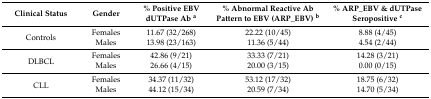
| Clinical Status | Gender | % Positive EBV dUTPase Ab a | % Abnormal Reactive Ab Pattern to EBV (ARP_EBV) b | % ARP_EBV & dUTPase Seropositive c |
 | --- | --- | --- | --- | --- |
 | <ROWSPAN=2> Controls | Females | 11.67 (32/268) | 22.22 (10/45) | 8.88 (4/45) |
 | Males | 13.98 (23/163) | 11.36 (5/44) | 4.54 (2/44) |
 | <ROWSPAN=2> DLBCL | Females | 42.86 (9/21) | 33.33 (7/21) | 14.28 (3/21) |
 | Males | 26.66 (4/15) | 20.00 (3/15) | 0.00 (0/15) |
 | <ROWSPAN=2> CLL | Females | 34.37 (11/32) | 53.12 (17/32) | 18.75 (6/32) |
 | Males | 44.12 (15/34) | 20.59 (7/34) | 14.70 (5/34) |